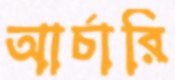
আর্চারি